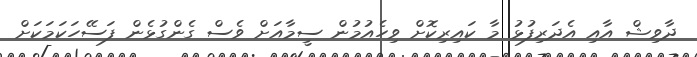
ދާވިޝް އާއި އެދަރިފުޅު މާ ކައިރިކޮށް ވިހެއުމުން ސީމާއަށް ވެސް ގެންގުޅެން ފަސޭހަކަމަކަށް